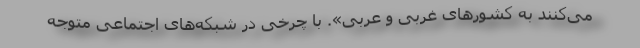
می‌کنند به کشورهای غربی و عربی». با چرخی در شبکه‌های اجتماعی متوجه